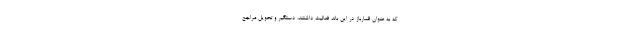
که به عنوان قمارباز در این باند فعالیت داشتند، دستگیر و تحویل مراجع